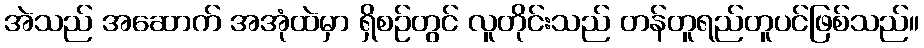
အဲသည် အဆောက် အအုံထဲမှာ ရှိစဉ်တွင် လူတိုင်းသည် တန်တူရည်တူပင်ဖြစ်သည်။